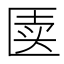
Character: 𰅥